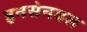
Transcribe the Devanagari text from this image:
इनसेनबल